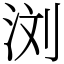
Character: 浏